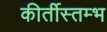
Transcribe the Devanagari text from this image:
कीर्तीस्तम्भ